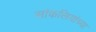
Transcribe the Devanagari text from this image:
सांकलियांच्या